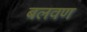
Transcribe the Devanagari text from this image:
बलवण